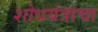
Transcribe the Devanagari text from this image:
शोधयंत्राचा